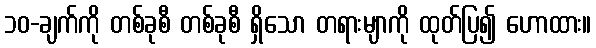
၁၀-ချက်ကို တစ်ခုစီ တစ်ခုစီ ရှိသော တရားမျာကို ထုတ်ပြ၍ ဟောထား။